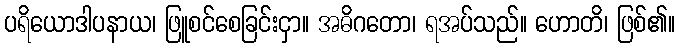
ပရိယောဒါပနာယ၊ ဖြူစင်စေခြင်းငှာ။ အဓိဂတော၊ ရအပ်သည်။ ဟောတိ၊ ဖြစ်၏။